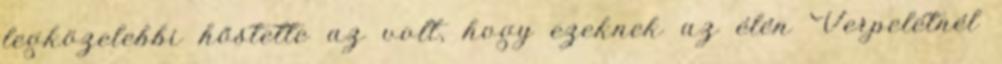
legközelebbi hőstette az volt, hogy ezeknek az élén Verpelétnél